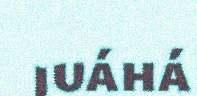
juáhá